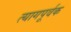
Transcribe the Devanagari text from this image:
त्यागपूर्वक